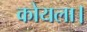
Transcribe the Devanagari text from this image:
कोयला।